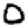
Digit: 0